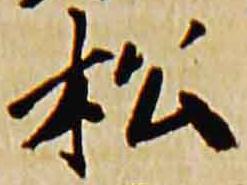
松